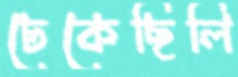
ঢেকেছিলি